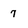
Character: 7